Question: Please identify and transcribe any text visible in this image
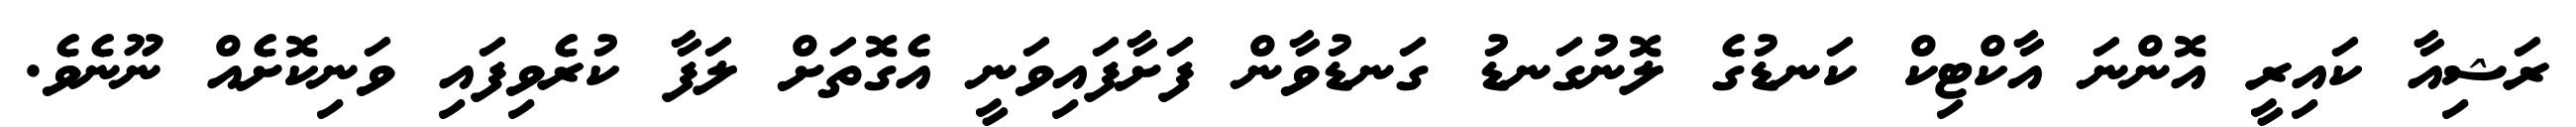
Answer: ރަޝިއާ ކައިރީ އޮންނަ އާކްޓިކް ކަނޑުގެ ލޮނުގަނޑު ގަނޑުވާން ފަށާފައިވަނީ އެގޮތަށް ލަފާ ކުރެވިފައި ވަނިކޮށެއް ނޫނެވެ.